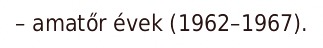
– amatőr évek (1962–1967).